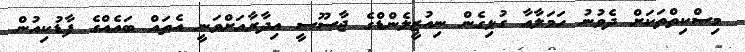
މިސްކިތްތަކަށް ދެވުނު ހަމަލާއާ ގުޅިގެން ނިއުޒީލެންޑްގެ ޖާސޫސީ އިދާރާއަށްވަނީ އެތައް ބައެއްގެ ފާޑުކިއުން